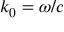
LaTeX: \, k _ { 0 } = \omega / c